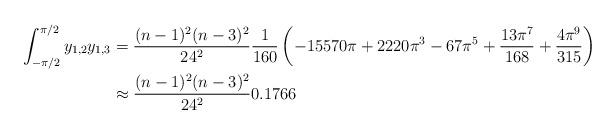
LaTeX: \begin{align*}\int_{-\pi/2}^{\pi/2}y_{1,2}y_{1,3} &= \frac{(n-1)^2(n-3)^2}{24^2}\frac{1}{160}\left(-15570\pi+2220\pi^3-67\pi^5+\frac{13\pi^7}{168}+\frac{4\pi^9}{315}\right)\\& \approx \frac{(n-1)^2(n-3)^2}{24^2}0.1766\end{align*}